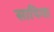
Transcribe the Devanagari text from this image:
सापिया